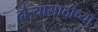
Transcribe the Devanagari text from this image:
दौऱ्यासाठीच्या